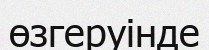
өзгеруінде